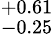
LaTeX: ^{+0.61}_{-0.25}